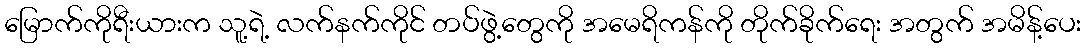
မြောက်ကိုရီးယားက သူ့ရဲ့ လက်နက်ကိုင် တပ်ဖွဲ့တွေကို အမေရိကန်ကို တိုက်ခိုက်ရေး အတွက် အမိန့်ပေး